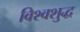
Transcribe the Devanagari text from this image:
विश्वशुद्ध